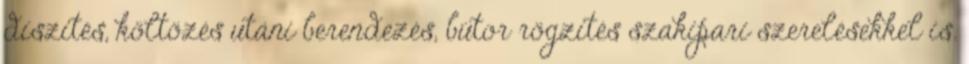
díszítés, költözés utáni berendezés, bútor rögzítés szakipari szerelésekkel is.